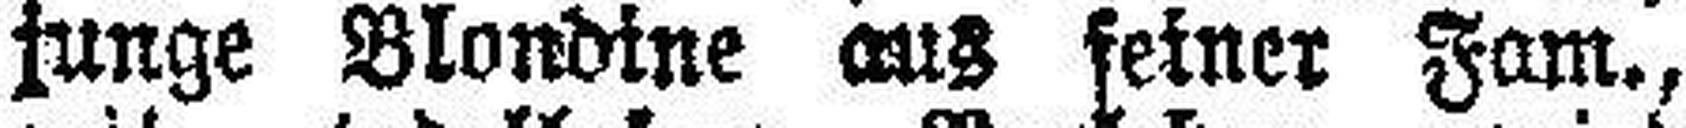
junge Blondine aus seiner Fam.,